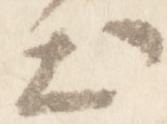
出